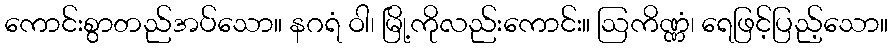
ကောင်းစွာတည်အပ်သော။ နဂရံ ဝါ၊ မြို့ကိုလည်းကောင်း။ ဩကိဏ္ဏံ၊ ရေဖြင့်ပြည့်သော။